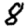
Digit: 8